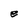
Character: e